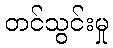
တင်သွင်းမှု